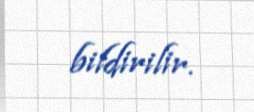
bildirilir.